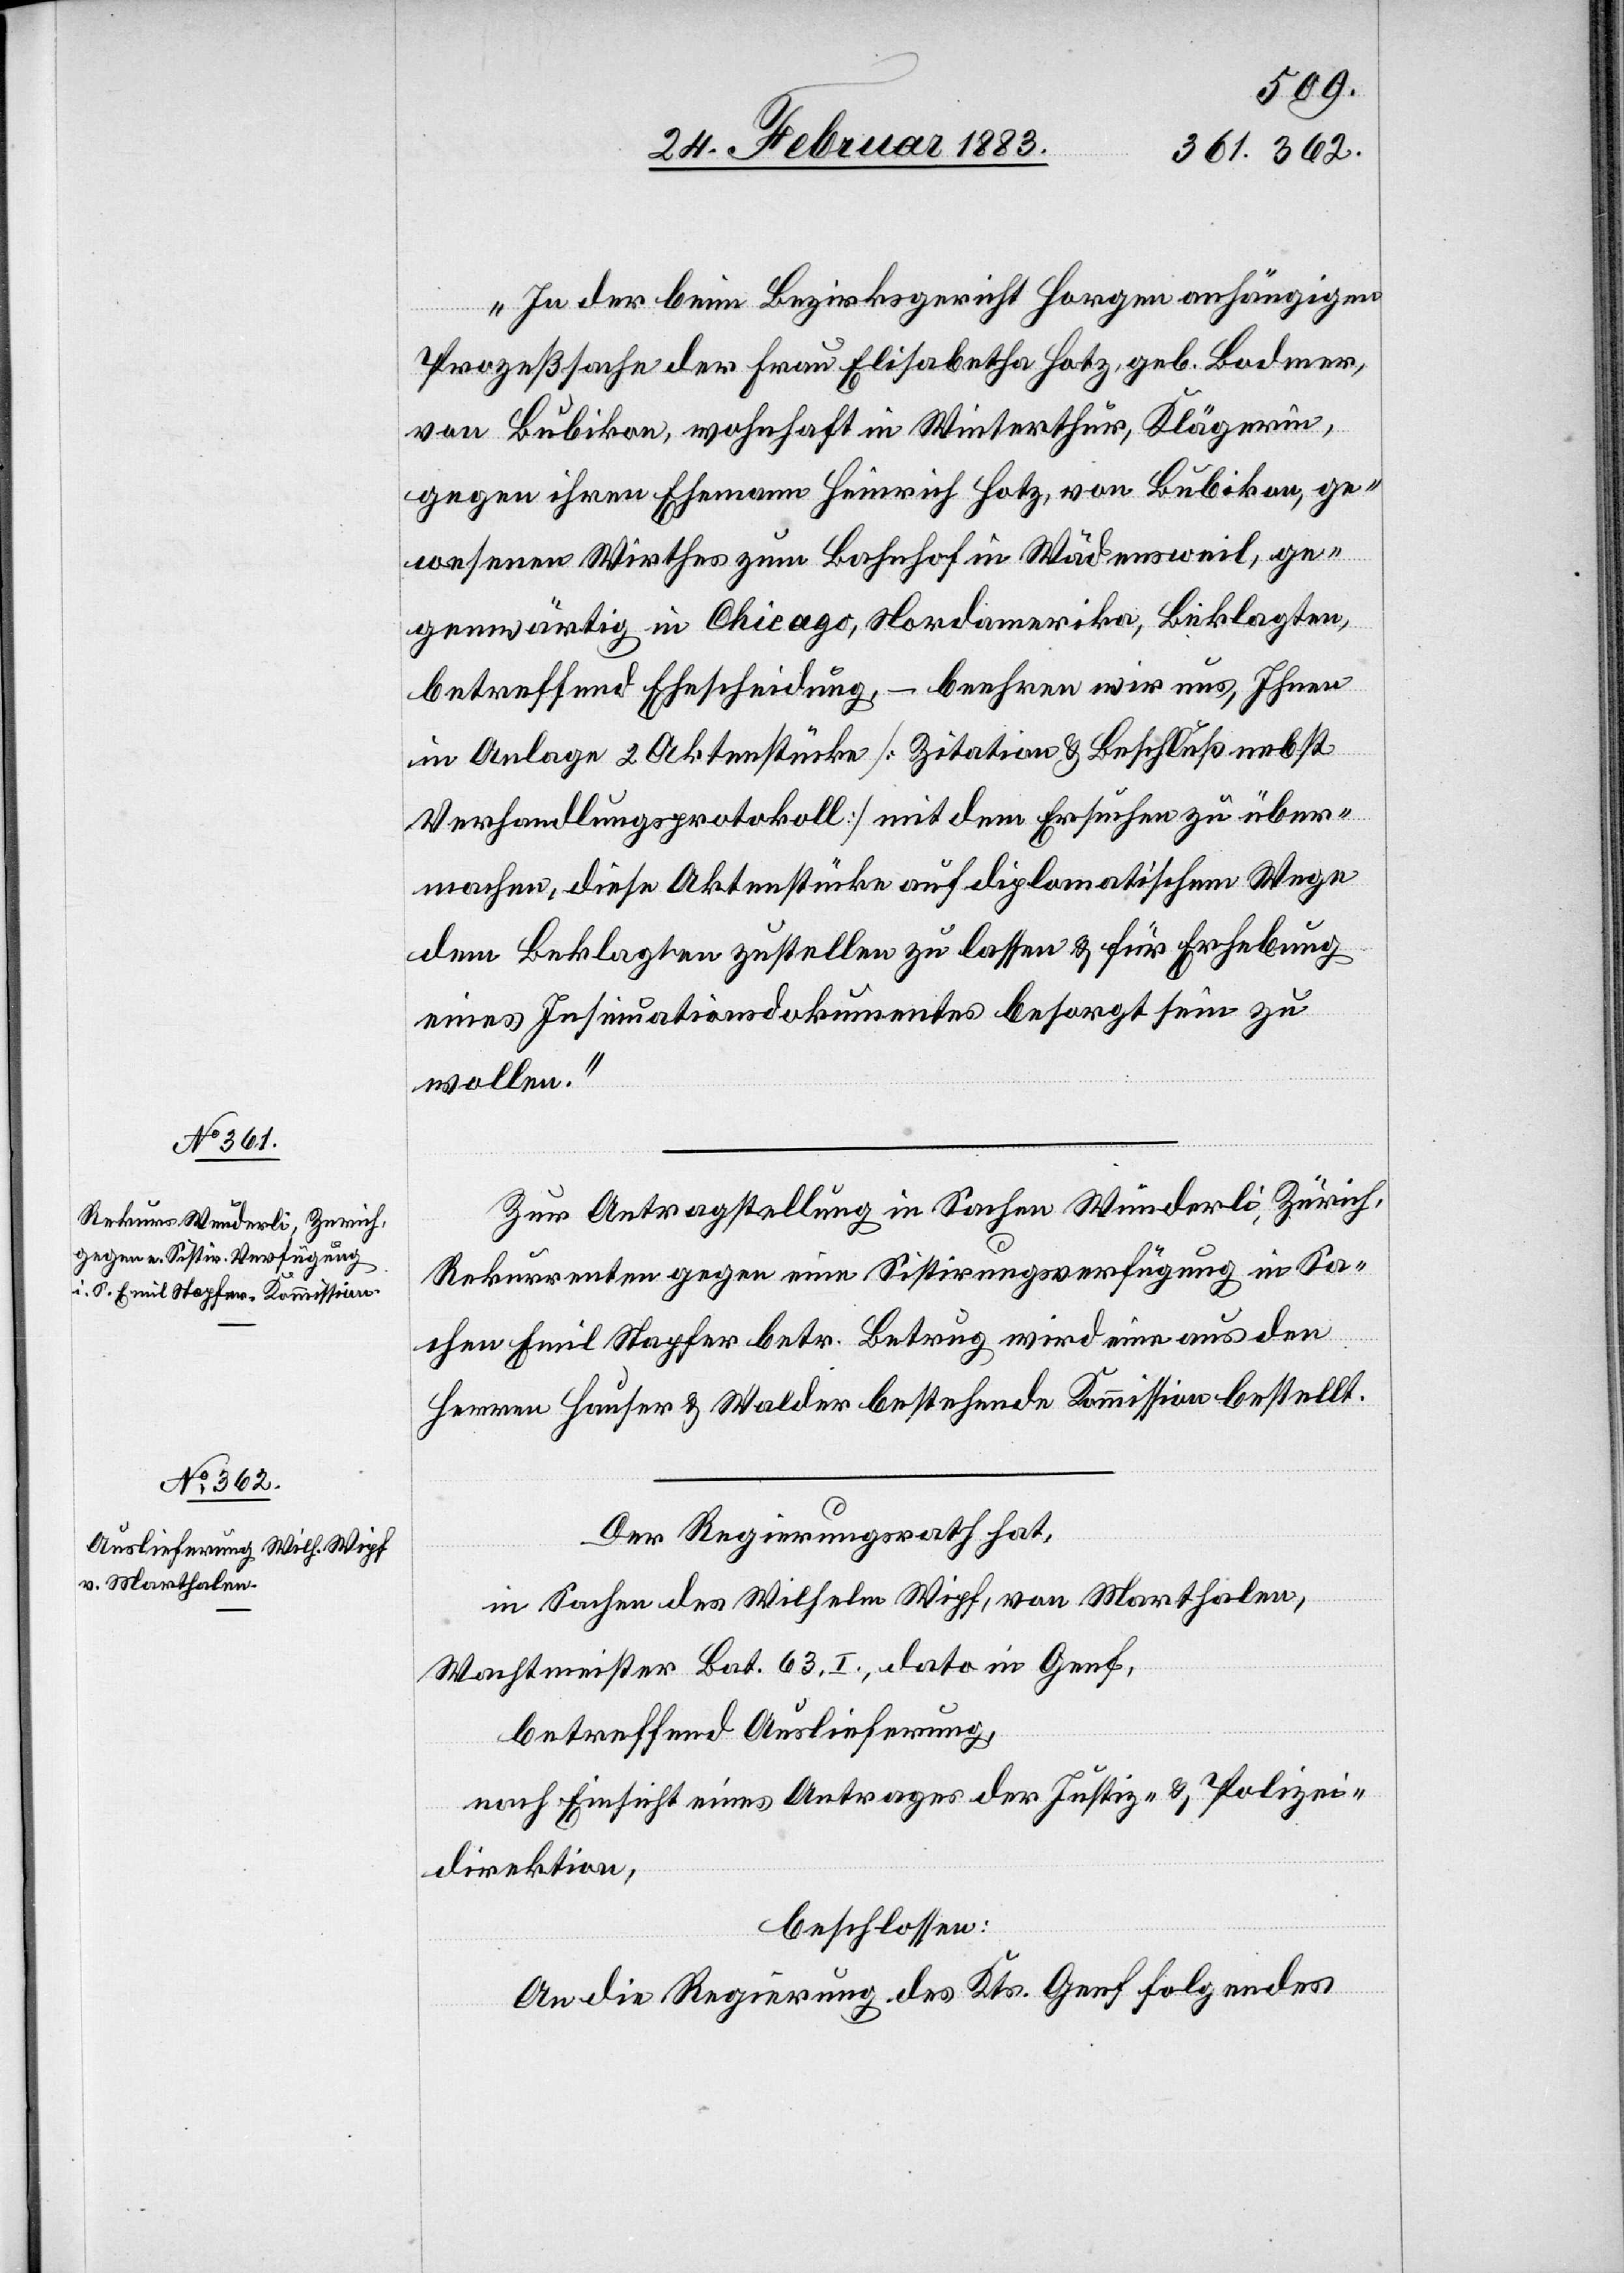
„In der beim Bezirksgericht Horgen anhängigen
Prozeßsache der Frau Elisabetha Hotz, geb. Bodmer,
von Bubikon, wohnhaft in Winterthur, Klägerin,
gegen ihren Ehemann Heinrich Hotz, von Bubikon, ge¬
wesenen Wirthes zum Bahnhof in Wädensweil, ge¬
genwärtig in Chicago, Nordamerika, Beklagter,
betreffend Ehescheidung, – beehren wir uns, Ihnen
in Anlage 2 Aktenstücke [Zitation & Beschluß nebst
Verhandlungsprotokoll] mit dem Ersuchen zu über¬
machen, diese Aktenstücke auf diplomatischem Wege
dem Beklagten zustellen zu lassen & für Erhebung
eines Insinuationsdokumentes besorgt sein zu
wollen.“
Zur Antragstellung in Sachen Wunderli, Zürich,
Rekurrenten gegen eine Sistirungsverfügung in Sa¬
chen Emil Stapfer betr. Betrug wird eine aus den
Herren Hauser & Walder bestehende Kommission bestellt.
Der Regierungsrath hat,
in Sachen des Wilhelm Wipf, von Marthalen,
Wachtmeister Bat. 63, I., dato in Genf,
betreffend Auslieferung,
nach Einsicht eines Antrages der Justiz- & Polizei¬
direktion,
beschlossen:
An die Regierung des Kts. Genf folgendes